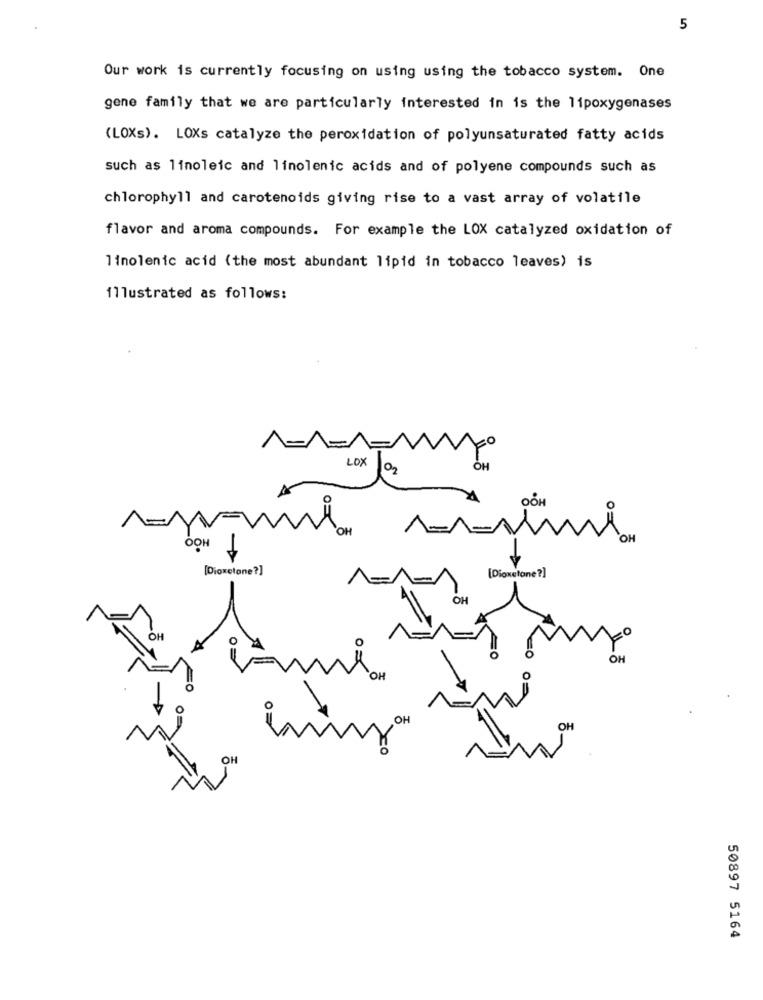
5
Our work is currently focusing on using using the tobacco system. One
gene family that we are particularly interested in is the lipoxygenases
(LOXs). LOXs catalyze the peroxidation of polyunsaturated fatty acids
such as linoleic and linolenic acids and of polyene compounds such as
chlorophyll and carotenoids giving rise to a vast array of volatile
flavor and aroma compounds. For example the LOX catalyzed oxidation of
linolenic acid (the most abundant lipid in tobacco leaves) is
illustrated as follows:
LOX
OOH
OH
OOH
[Dioxetone?]
[Dioxetone?]
OH
OH
OH
OH
50897 5164